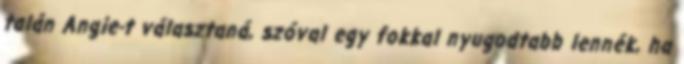
talán Angie-t választaná, szóval egy fokkal nyugodtabb lennék, ha